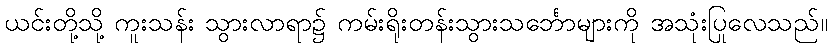
ယင်းတို့သို့ ကူးသန်း သွားလာရာ၌ ကမ်းရိုးတန်းသွားသင်္ဘောများကို အသုံးပြုလေသည်။